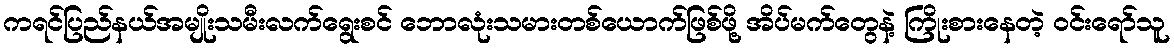
ကရင်ပြည်နယ်အမျိုးသမီးလက်ရွေးစင် ဘောလုံးသမားတစ်ယောက်ဖြစ်ဖို့ အိပ်မက်တွေနဲ့ ကြိုးစားနေတဲ့ ဝင်းရော်သူ